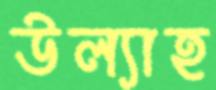
উল্যাহ